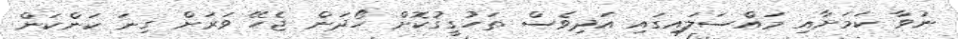
ނުވާ ކަމަށާއި މައްސަލައިގައި އަދިވެސް ތަހުގީގުކޮށް ހޯދަން ޖެހޭ ވަރަށް ގިނަ ކަންކަން